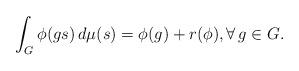
LaTeX: \begin{align*}\int_G \phi(gs) \, d\mu(s) = \phi(g) + r(\phi), \forall \, g \in G.\end{align*}